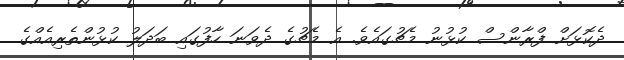
ދެކޮޅަށް ފްރާންސް ކުޅުނު މެޗުގައެވެ. އެ މެޗުގެ ދެވަނަ ހާފުގައި ބަދަލު ކުޅުންތެރިއެއްގެ